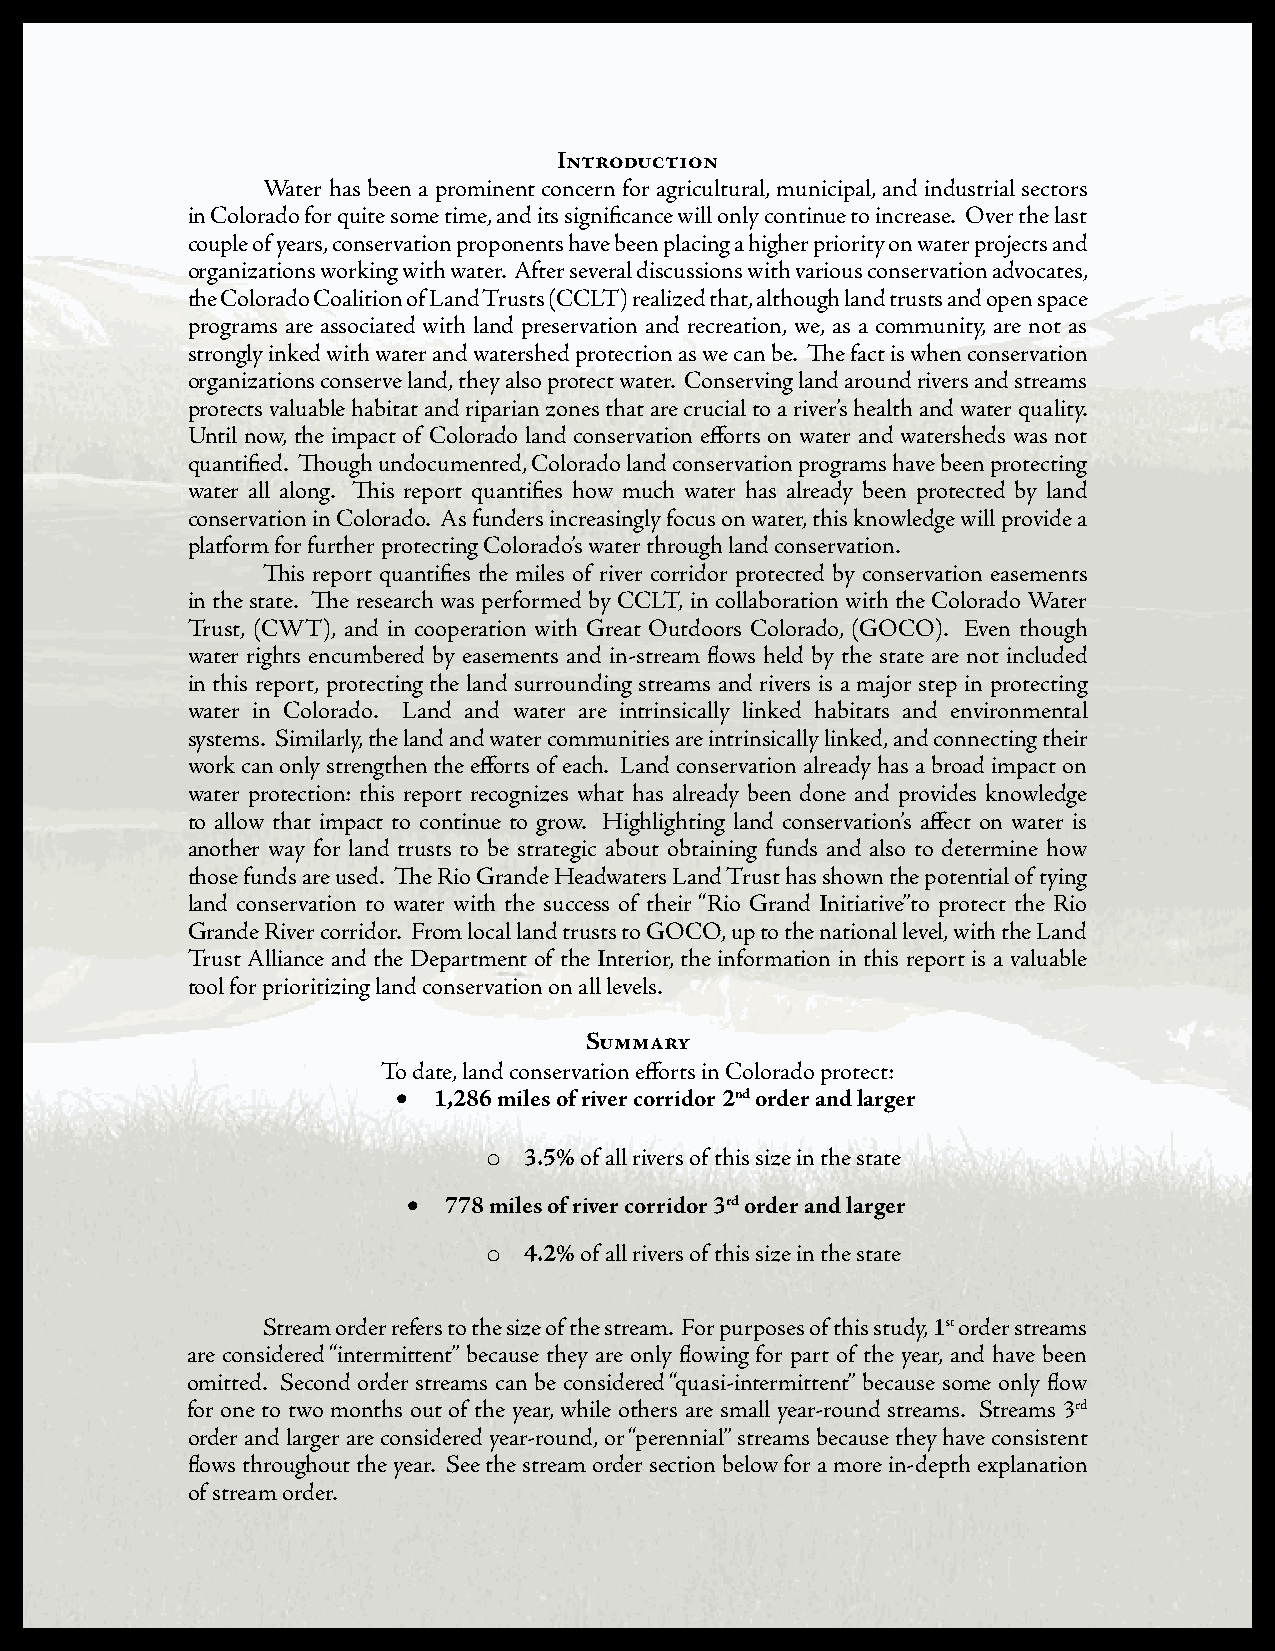
Introduction
 Water has been a prominent concern for agricultural, municipal, and industrial sectors
 in Colorado for quite some time, and its significance will only continue to increase. Over the last
 couple of years, conservation proponents have been placing a higher priority on water projects and
 organizations working with water. After several discussions with various conservation advocates,
 the Colorado Coalition of Land Trusts (CCLT) realized that, although land trusts and open space
 programs are associated with land preservation and recreation, we, as a community, are not as
 strongly inked with water and watershed protection as we can be. The fact is when conservation
 organizations conserve land, they also protect water. Conserving land around rivers and streams
 protects valuable habitat and riparian zones that are crucial to a river’s health and water quality.
 Until now, the impact of Colorado land conservation efforts on water and watersheds was not
 quantified. Though undocumented, Colorado land conservation programs have been protecting
 water all along. This report quantifies how much water has already been protected by land
 conservation in Colorado. As funders increasingly focus on water, this knowledge will provide a
 platform for further protecting Colorado’s water through land conservation.
 This report quantifies the miles of river corridor protected by conservation easements
 in the state. The research was performed by CCLT, in collaboration with the Colorado Water
 Trust, (CWT), and in cooperation with Great Outdoors Colorado, (GOCO). Even though
 water rights encumbered by easements and in-stream flows held by the state are not included
 in this report, protecting the land surrounding streams and rivers is a major step in protecting
 water in Colorado. Land and water are intrinsically linked habitats and environmental
 systems. Similarly, the land and water communities are intrinsically linked, and connecting their
 work can only strengthen the efforts of each. Land conservation already has a broad impact on
 water protection: this report recognizes what has already been done and provides knowledge
 to allow that impact to continue to grow. Highlighting land conservation’s affect on water is
 another way for land trusts to be strategic about obtaining funds and also to determine how
 those funds are used. The Rio Grande Headwaters Land Trust has shown the potential of tying
 land conservation to water with the success of their “Rio Grand Initiative”to protect the Rio
 Grande River corridor. From local land trusts to GOCO, up to the national level, with the Land
 Trust Alliance and the Department of the Interior, the information in this report is a valuable
 tool for prioritizing land conservation on all levels.
 Summary
 To date, land conservation efforts in Colorado protect:
 •  1,286 miles of river corridor 2nd order and larger
 3.5% of all rivers of this size in the state
 o
 • 778 miles of river corridor 3rd order and larger
 4.2% of all rivers of this size in the state
 o
 Stream order refers to the size of the stream. For purposes of this study, 1st order streams
 are considered “intermittent” because they are only flowing for part of the year, and have been
 omitted. Second order streams can be considered “quasi-intermittent” because some only flow
 for one to two months out of the year, while others are small year-round streams. Streams 3rd
 order and larger are considered year-round, or “perennial” streams because they have consistent
 flows throughout the year. See the stream order section below for a more in-depth explanation
 of stream order.